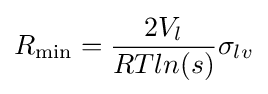
R_{\mathrm {min} }={\frac {2V_{l}}{RTln(s)}}\sigma _{lv}